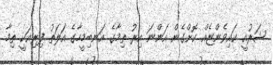
ޝަރުއީ ކައިވެންޏެއް ކޮށްގެން އަންނަ އިރު ތިމާގެ އަނބިމީހާގެ އަލަތު ފިރިއަކީ ތިމާ